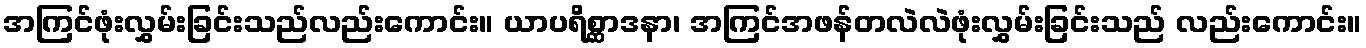
အကြင်ဖုံးလွှမ်းခြင်းသည်လည်းကောင်း။ ယာပရိစ္ဆာဒနာ၊ အကြင်အဖန်တလဲလဲဖုံးလွှမ်းခြင်းသည် လည်းကောင်း။